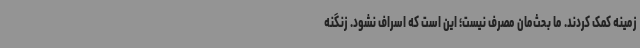
زمینه کمک کردند. ما بحث‌مان مصرف نیست؛ این است که اسراف نشود. زنگنه